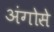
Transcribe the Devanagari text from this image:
अंगोसे